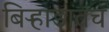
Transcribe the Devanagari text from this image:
बिऱ्हाडातच